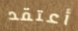
أعتقد